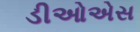
ડીઓએસ